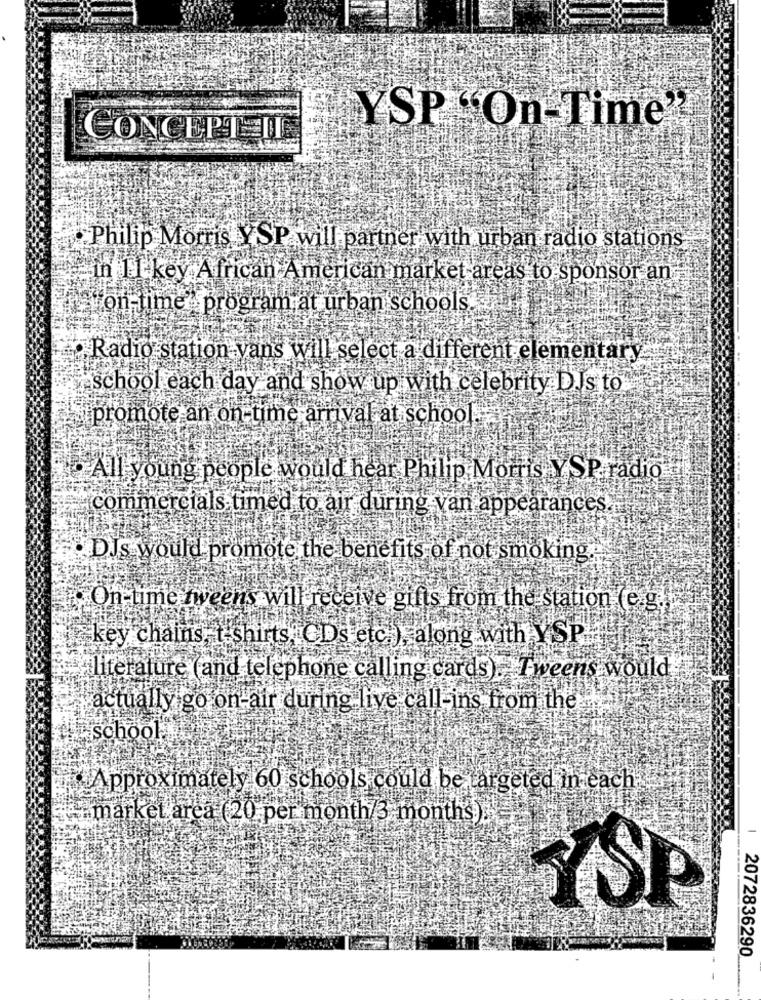
YSP "On-Time"
CONCEPTEIN
Philip Morris YSP will partner with urban radio stations
in 11- key African American market areas to sponsor an
aston time program at urban schools.
. Radio station vans will select a different elementary
ischool each day and show up with celebrity D.Js to
promote an on-time arrival at school
All young people would hear Philip Morris Y SP. radio
-----
commercials timed to air during van appearances.
DJs would promote the benefits of not smoking.
On-lime tweens will receive gifts from the station (e g.
key chains, t-shirts, CDs etc.), along with YSP.
filiterature (and telephone calling cards).Tweens would
actually go on-air during live call-ins from the
school
Approximately 60 schools could be targeted in each
market area (20 per month 3 months).
YSP
2072836290